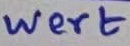
Text: Wert